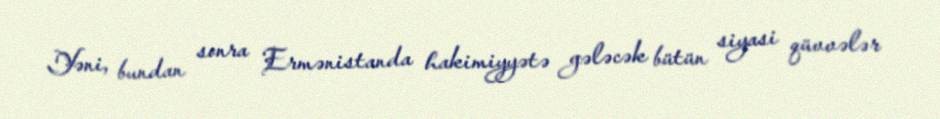
Yəni, bundan sonra Ermənistanda hakimiyyətə gələcək bütün siyasi qüvvələr